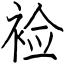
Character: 裣